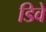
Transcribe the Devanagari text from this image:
डिवे